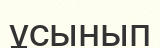
ұсынып